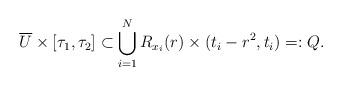
LaTeX: \begin{align*}\overline{U} \times [\tau_1, \tau_2] \subset \bigcup_{i=1}^{N} R_{x_i}(r) \times (t_i-r^2, t_i)=:Q.\end{align*}